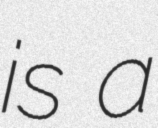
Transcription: is a